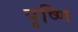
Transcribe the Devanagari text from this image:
पृष्णि